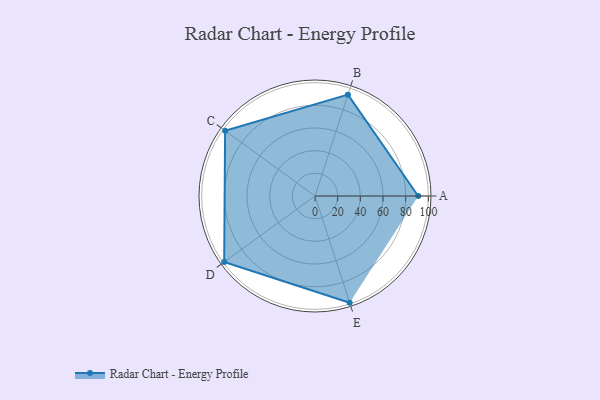
{"axis": {"x": "Skill", "y": "Score"}, "legend": ["Profile"], "data": [{"x": "A", "y": 91.0, "type": "Profile"}, {"x": "B", "y": 94.0, "type": "Profile"}, {"x": "C", "y": 98.0, "type": "Profile"}, {"x": "D", "y": 99, "type": "Profile"}, {"x": "E", "y": 99, "type": "Profile"}]}